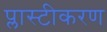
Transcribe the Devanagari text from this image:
प्लास्टीकरण